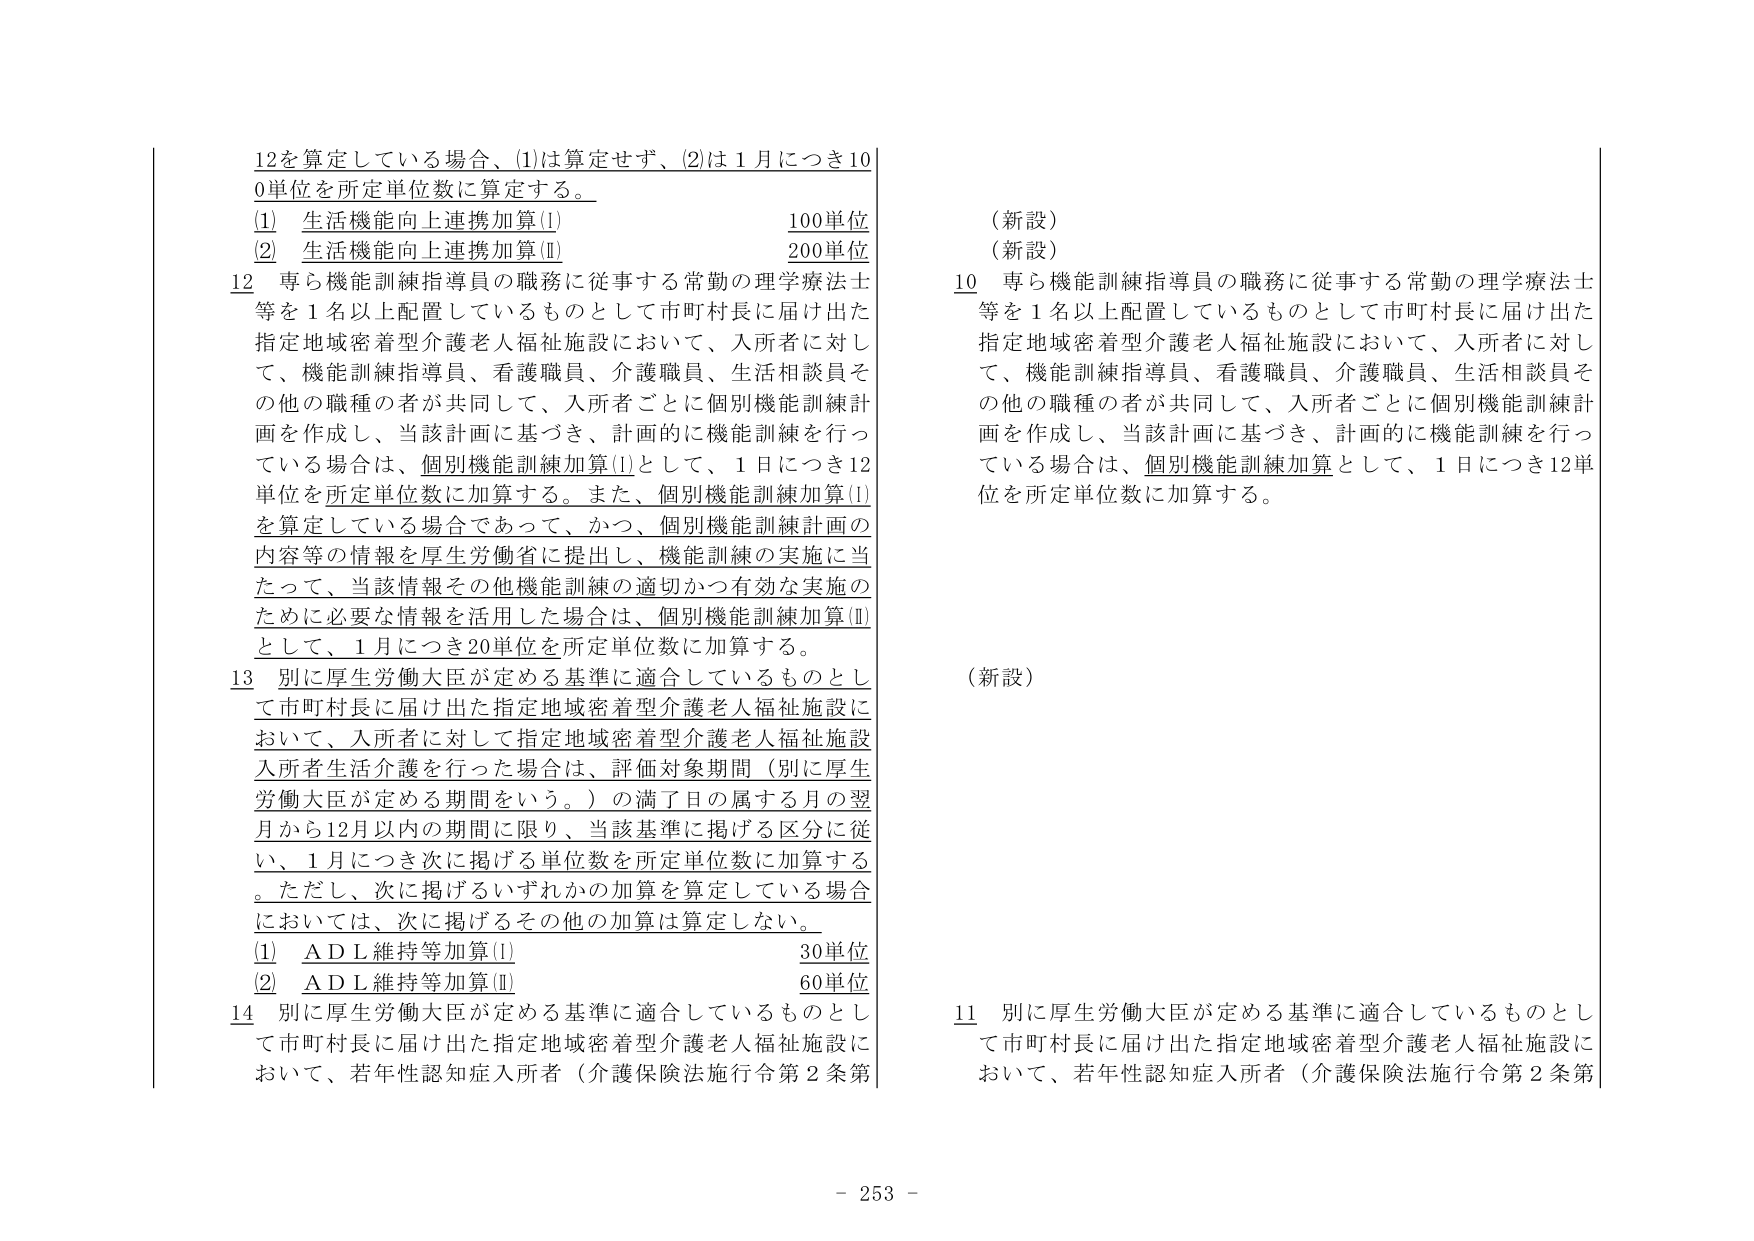
12を算定している場合、(1)は算定せず、(2)は1月につき100単位を所定単位数に算定する。

(1) 生活機能向上連携加算(Ⅰ) 100単位
(2) 生活機能向上連携加算(Ⅱ) 200単位

12 専ら機能訓練指導員の職務に従事する常勤の理学療法士等を1名以上配置しているものとして市町村長に届け出た指定地域密着型介護老人福祉施設において、入所者に対して、機能訓練指導員、看護職員、介護職員、生活相談員その他の職種の者が共同して、入所者ごとに個別機能訓練計画を作成し、当該計画に基づき、計画的に機能訓練を行っている場合は、個別機能訓練加算(Ⅰ)として、1日につき12単位を所定単位数に加算する。また、個別機能訓練加算(Ⅰ)を算定している場合であって、かつ、個別機能訓練計画の内容等の情報を厚生労働省に提出し、機能訓練の実施に当たって、当該情報その他機能訓練の適切かつ有効な実施のために必要な情報を活用した場合は、個別機能訓練加算(Ⅱ)として、1月につき20単位を所定単位数に加算する。

13 別に厚生労働大臣が定める基準に適合しているものとして市町村長に届け出た指定地域密着型介護老人福祉施設において、入所者に対して指定地域密着型介護老人福祉施設入所者生活介護を行った場合は、評価対象期間（別に厚生労働大臣が定める期間をいう。）の満了日の属する月の翌月から12月以内の期間に限り、当該基準に掲げる区分に従い、1月につき次に掲げる単位数を所定単位数に加算する。ただし、次に掲げるいずれかの加算を算定している場合には、次に掲げるその他の加算は算定しない。

(1) ADL維持等加算(Ⅰ) 30単位
(2) ADL維持等加算(Ⅱ) 60単位

14 別に厚生労働大臣が定める基準に適合しているものとして市町村長に届け出た指定地域密着型介護老人福祉施設において、若年性認知症入所者（介護保険法施行令第2条第

（新設）
（新設）

10 専ら機能訓練指導員の職務に従事する常勤の理学療法士等を1名以上配置しているものとして市町村長に届け出た指定地域密着型介護老人福祉施設において、入所者に対して、機能訓練指導員、看護職員、介護職員、生活相談員その他の職種の者が共同して、入所者ごとに個別機能訓練計画を作成し、当該計画に基づき、計画的に機能訓練を行っている場合は、個別機能訓練加算として、1日につき12単位を所定単位数に加算する。

（新設）

11 別に厚生労働大臣が定める基準に適合しているものとして市町村長に届け出た指定地域密着型介護老人福祉施設において、若年性認知症入所者（介護保険法施行令第2条第

- 253 -